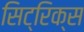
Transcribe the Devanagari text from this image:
सिट्रिक्स